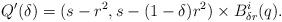
LaTeX: \begin{align*} Q'(\delta)=(s-r^2,s-(1-\delta)r^2)\times B^i_{\delta r}(q).\end{align*}